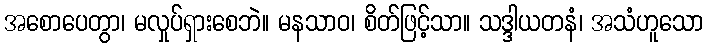
အစောပေတွာ၊ မလှုပ်ရှားစေဘဲ။ မနသာဝ၊ စိတ်ဖြင့်သာ။ သဒ္ဒါယတနံ၊ အသံဟူသော